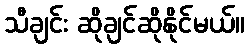
သီချင်း ဆိုချင်ဆိုနိုင်မယ်။